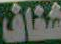
شفاف